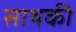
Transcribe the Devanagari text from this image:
साथकी